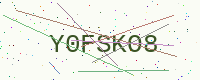
Text: Y0FSKO8